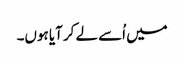
میں اُسے لے کر آیا ہوں۔